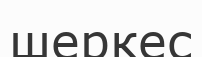
шеркес